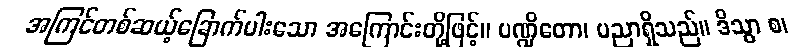
အကြင်တစ်ဆယ့်ခြောက်ပါးသော အကြောင်းတို့ဖြင့်။ ပဏ္ဍိတော၊ ပညာရှိသည်။ ဒိသွာ စ၊